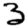
Digit: 3